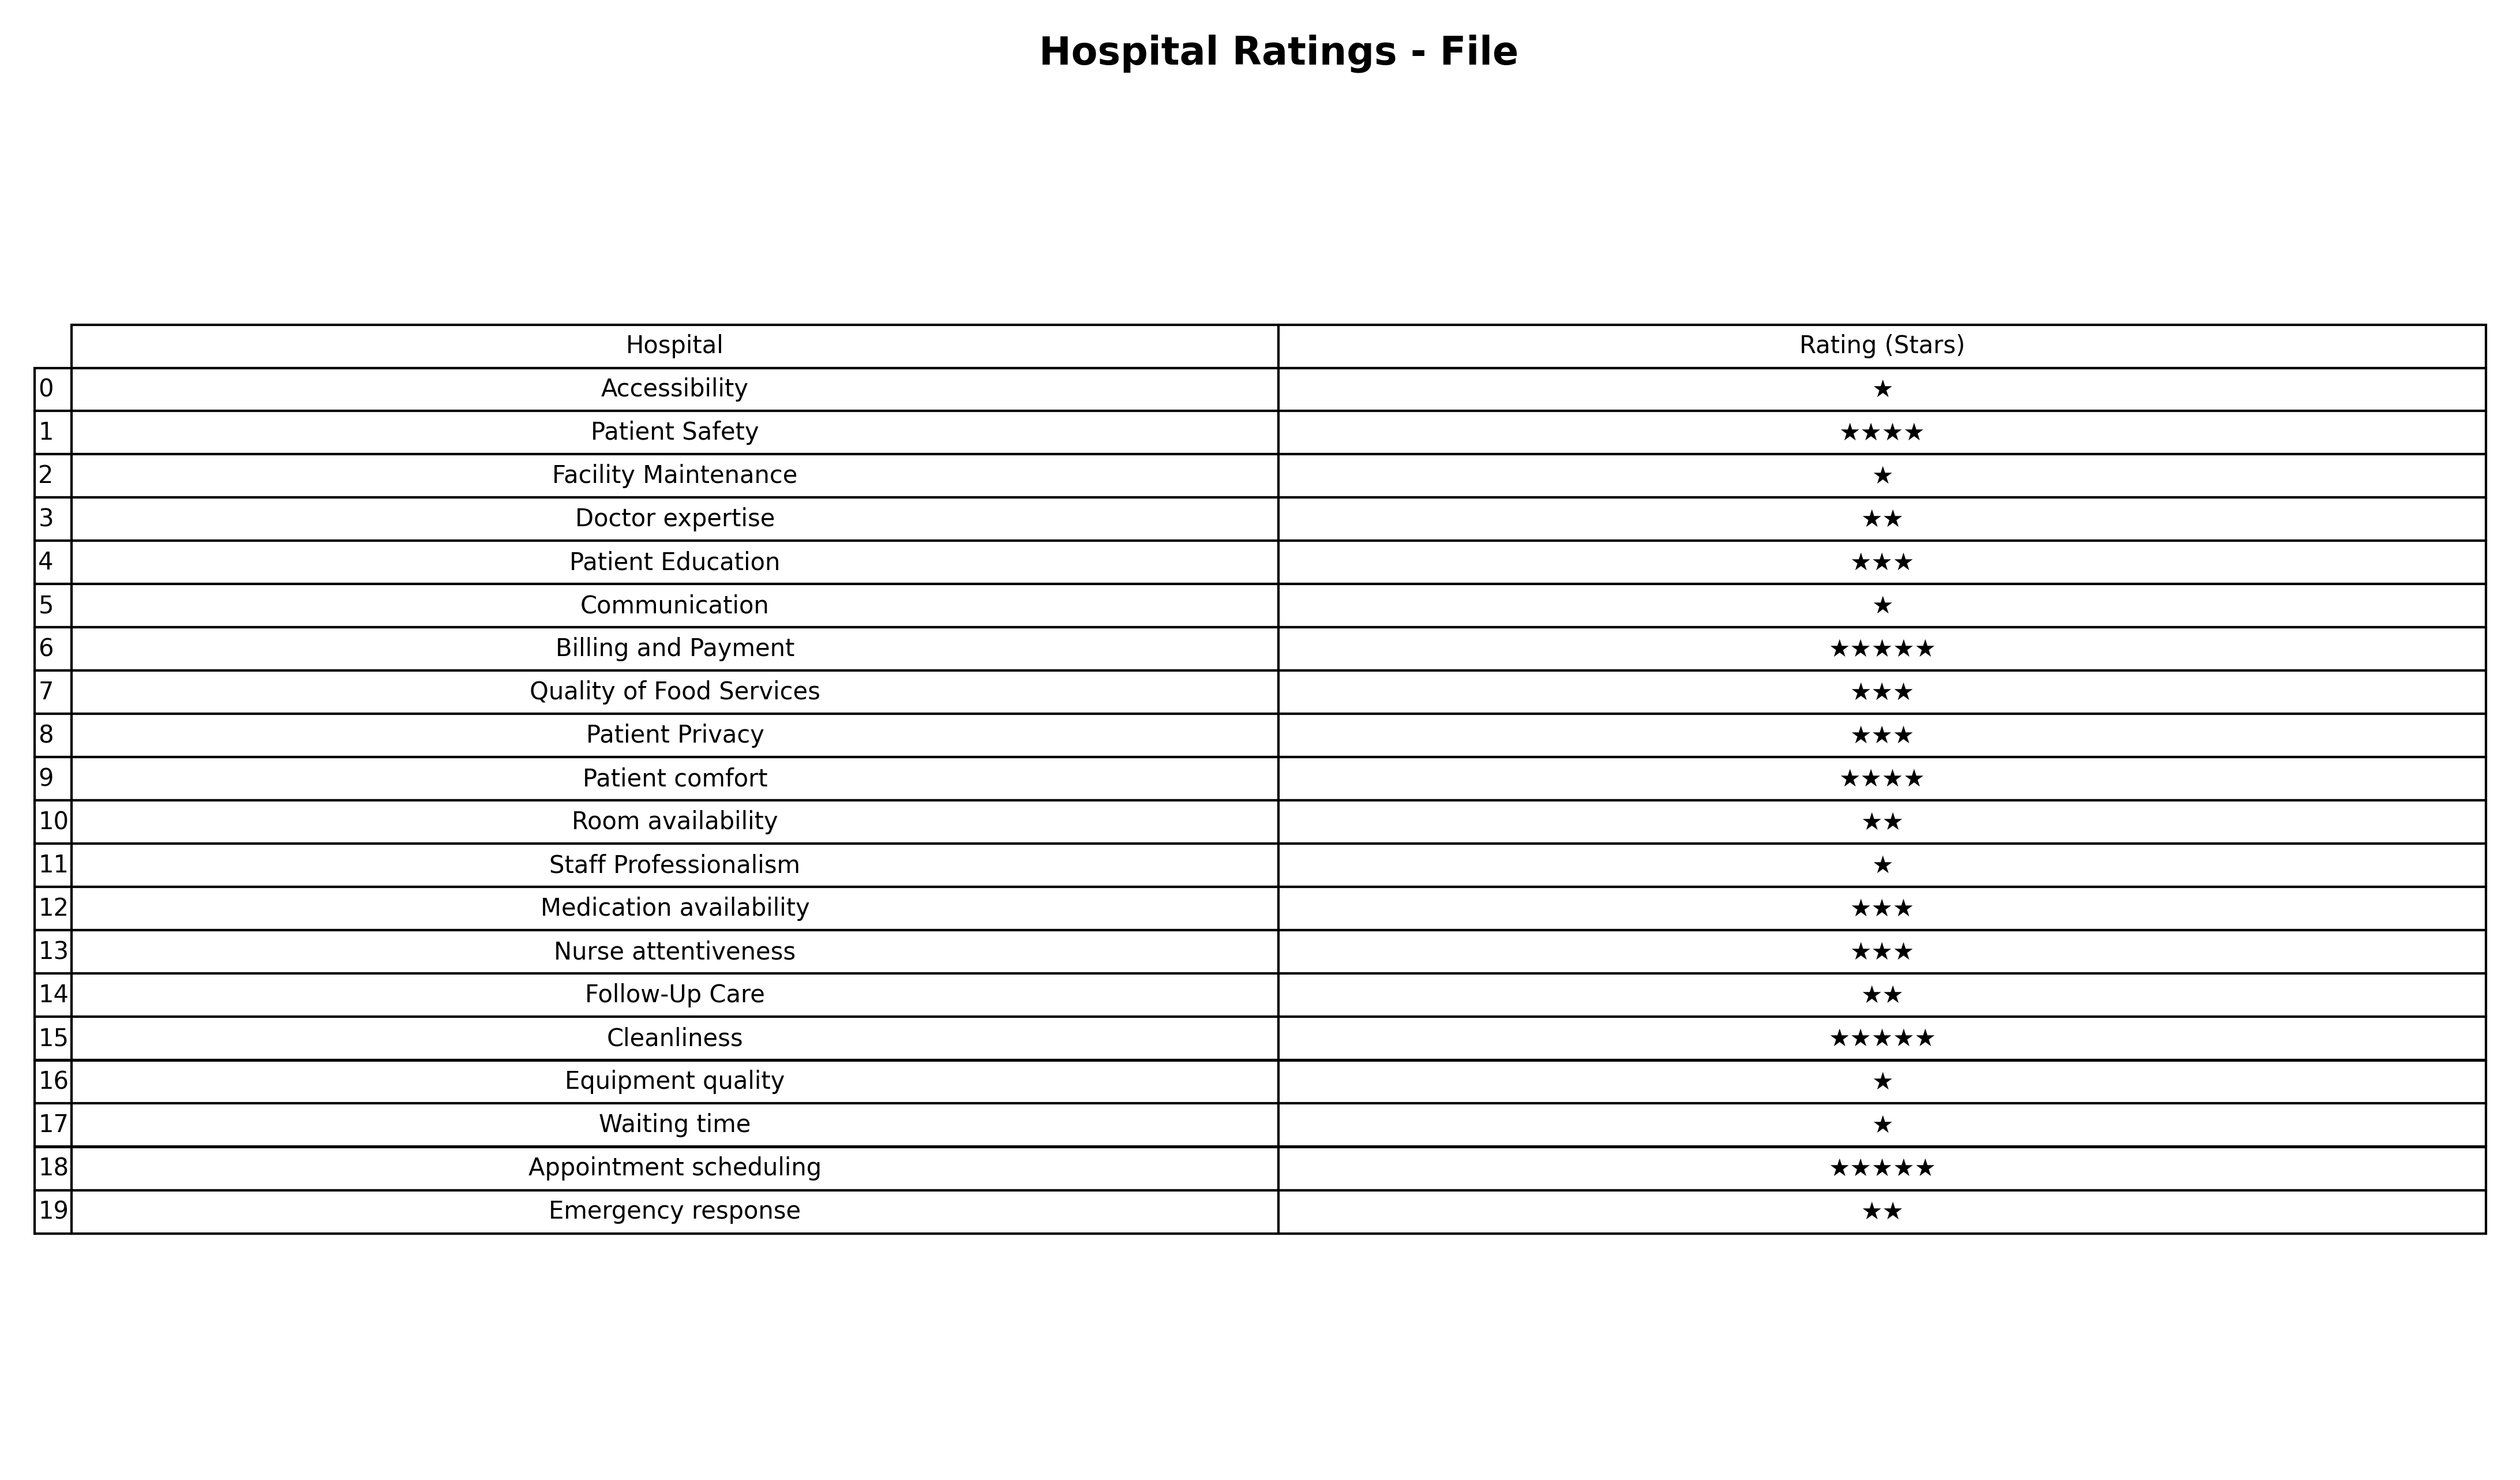
question: What is the rating of Room availability?
answer: ★★